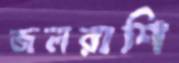
জলরাশি